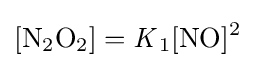
{[\mathrm {N} {\vphantom {A}}_{\smash[{t}]{2}}\mathrm {O} {\vphantom {A}}_{\smash[{t}]{2}}]{}={}{\mathit {K}}{\vphantom {A}}_{\smash[{t}]{1}}[\mathrm {NO} ]{\vphantom {A}}^{2}}